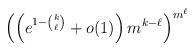
\begin{align*}\left(\left(e^{1-\binom{k}{\ell}}+o(1)\right)m^{k-\ell}\right)^{m^\ell}\end{align*}